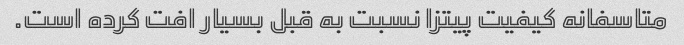
متاسفانه کیفیت پیتزا نسبت به قبل بسیار افت کرده است.